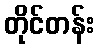
တိုင်တန်း